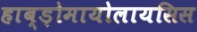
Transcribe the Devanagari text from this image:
हाब्ड़ोमायोलायसिस